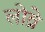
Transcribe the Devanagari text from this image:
लोव्रे